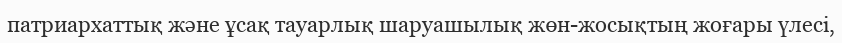
патриархаттық және ұсақ тауарлық шаруашылық жөн-жосықтың жоғары үлесі,